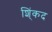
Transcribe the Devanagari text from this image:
शिं्कद